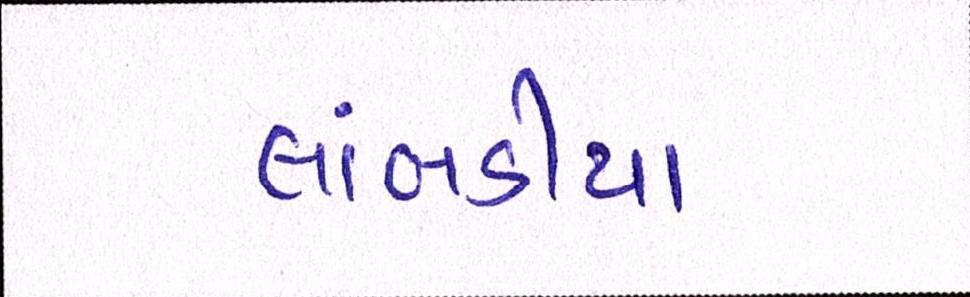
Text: લાંબડીયા